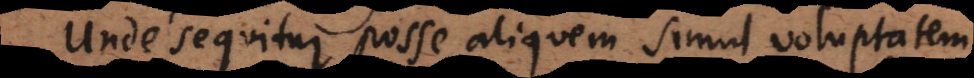
Unde sequitur posse aliquem simul voluptatem